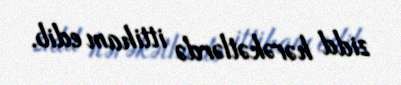
zidd hərəkətlərdə ittiham edib.